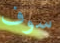
سوف